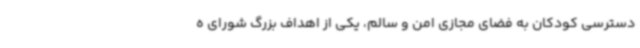
دسترسی کودکان به فضای مجازی امن و سالم، یکی از اهداف بزرگ شورای ه